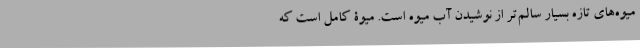
میوه‌های تازه بسیار سالم‌تر از نوشیدن آب میوه است. میوۀ کامل است که